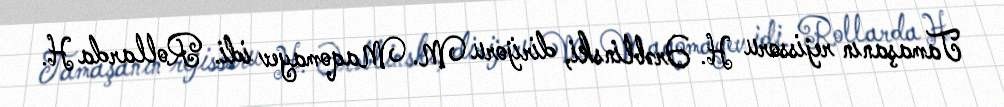
Tamaşanın rejissoru H. Ərəblinski, dirijoru M. Maqomayev idi. Rollarda H.